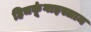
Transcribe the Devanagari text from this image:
हिचकूंगाइस्लाम